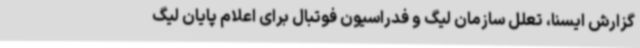
گزارش ایسنا، تعلل سازمان لیگ و فدراسیون فوتبال برای اعلام‌ پایان لیگ